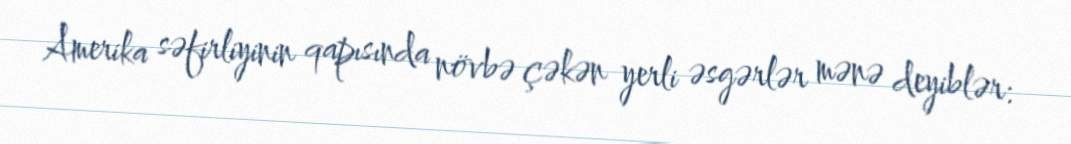
Amerika səfirliyinin qapısında növbə çəkən yerli əsgərlər mənə deyiblər: